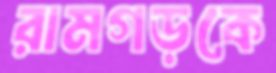
রামগড়কে